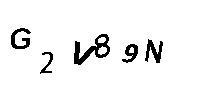
G2V89N